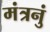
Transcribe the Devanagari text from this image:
मंत्रनुं